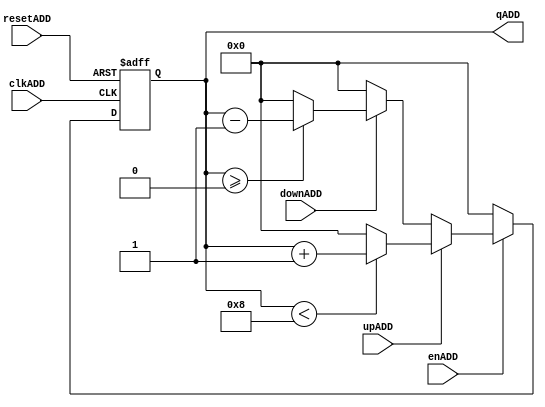
`timescale 1ns / 1ps
//////////////////////////////////////////////////////////////////////////////////
// Company: 
// Engineer: 
// 
// Design Name: 
// Module Name:    Cuenta_DIR_WR 
// Project Name: 
// Target Devices: 
// Tool versions: 
// Description: 
//
// Dependencies: 
//
// Revision: 
// Revision 0.01 - File Created
// Additional Comments: 
//
//////////////////////////////////////////////////////////////////////////////////
module Cuenta_DIR_WR(
    	input wire clkADD,
		input wire resetADD,
		input wire enADD, 
		input wire upADD,
		input wire downADD,
		output wire [3:0] qADD	
    );
	 
	 
	 
	 reg [3:0]q_actADD, q_nextADD;


//Body of "state" registers
always@(posedge clkADD,posedge resetADD)
	if(resetADD)
		q_actADD <= 4'b0;
	else
		q_actADD <= q_nextADD;
		
always@*
begin
	if(enADD)
	begin
		if(upADD) 
			begin
				if(qADD < 4'd8) 
				begin
					q_nextADD = q_actADD + 4'b1;
				
				end
				else 
					q_nextADD = 4'b0;
			end
			
		else if(downADD)
			begin
				if (qADD >= 4'b0) 
					begin				
						q_nextADD = q_actADD - 4'sb1;
					end
				else 
					q_nextADD=4'b0;	
			end
		else 
			q_nextADD =0;
		
	end
	else 
		q_nextADD =0;


end

assign qADD = q_actADD;
 
endmodule